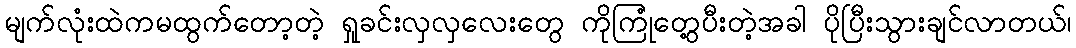
မျက်လုံးထဲကမထွက်တော့တဲ့ ရှုခင်းလှလှလေးတွေ ကိုကြုံတွေ့ပီးတဲ့အခါ ပိုပြီးသွားချင်လာတယ်၊